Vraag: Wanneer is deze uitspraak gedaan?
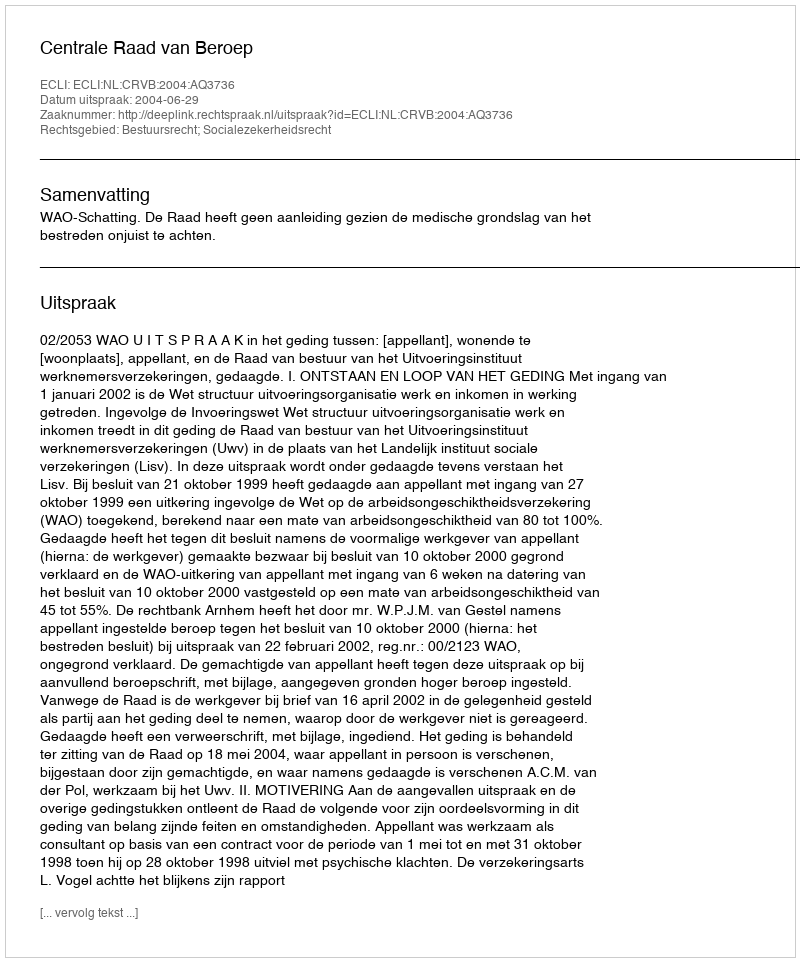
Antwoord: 2004-06-29